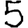
Digit: 5